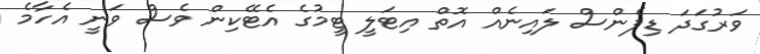
ވަރުގަދަ ޑިފެންސް ލައިނެއް އޮތް އިޓަލީ ޓީމުގެ އެޓޭކިން ވެސް ވަނީ އެހާމެ